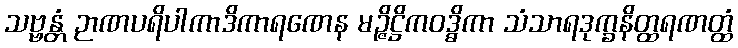
သဗ္ဗန္တံ ဉာဏပရိပါကာဒိကာရဏေန မဉ္ဇိဋ္ဌိကဝဒ္ဓိကာ သံသာရဒုက္ခနိတ္ထရဏတ္ထံ